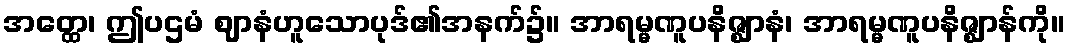
အတ္ထေ၊ ဤပဌမံ ဈာနံဟူသောပုဒ်၏အနက်၌။ အာရမ္မဏူပနိဇ္ဈာနံ၊ အာရမ္မဏူပနိဇ္ဈာန်ကို။